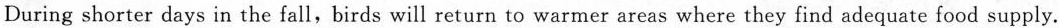
During shorter days in the fall,birds will return to warmer areas where they find adequate food supply.